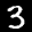
Label: 3